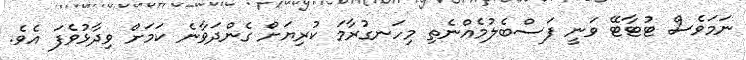
ނަމަވެސް ޓުޓާޓޭ ވަނީ ފަސްބެލުމެއްނެތި މިހަނގުރާމަ ކުރިޔަށް ގެންދަވާނެ ކަމަށް ވިދާޅުވެފަ އެވެ.